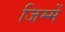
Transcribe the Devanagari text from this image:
जिम्‍में